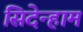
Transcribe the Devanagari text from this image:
सिदेन्हाम